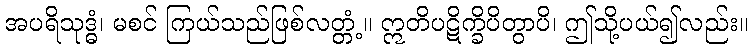
အပရိသုဒ္ဓံ၊ မစင် ကြယ်သည်ဖြစ်လတ္တံ့။ ဣတိပဋိက္ခိပိတွာပိ၊ ဤသို့ပယ်၍လည်း။